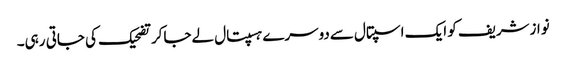
نوازشریف کو ایک اسپتال سےدوسرے ہسپتال لےجاکرتضحیک کی جاتی رہی۔